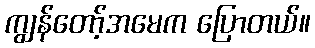
ကျွန်တော့်အမေက ပြောတယ်။